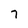
Character: 7